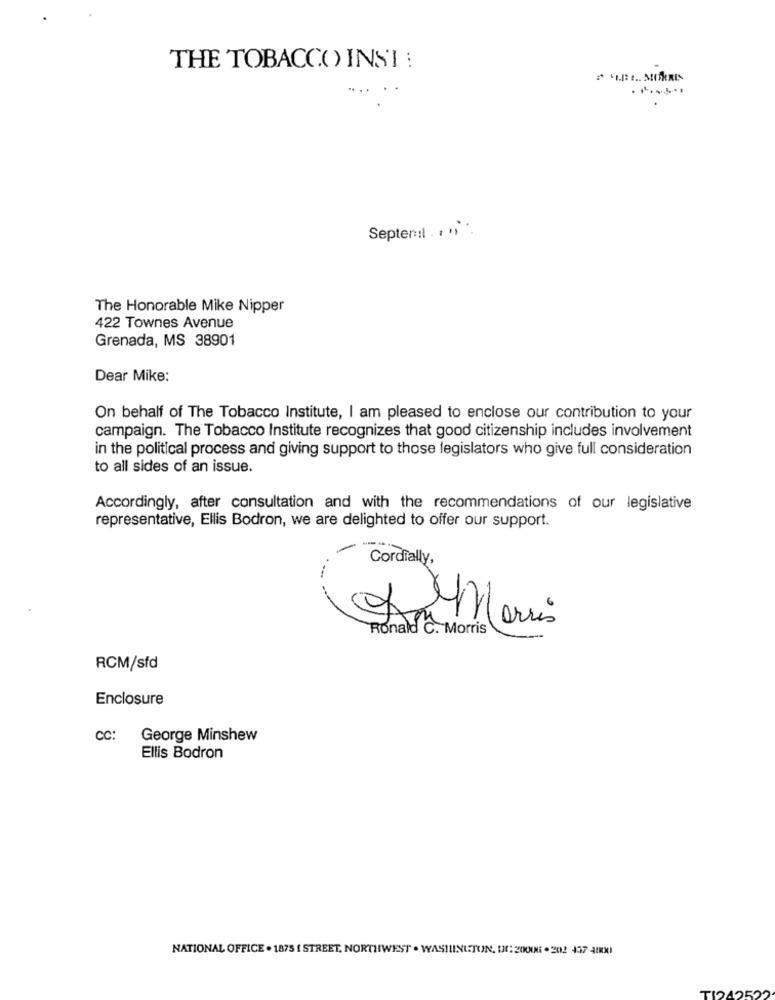
THE TOBACCO INST :
# \.Bt .. MORRIS
Septen ""
The Honorable Mike Nipper
422 Townes Avenue
Grenada, MS 38901
Dear Mike:
On behalf of The Tobacco Institute, I am pleased to enclose our contribution to your
campaign. The Tobacco Institute recognizes that good citizenship includes involvement
in the political process and giving support to those legislators who give full consideration
to all sides of an issue.
Accordingly, after consultation and with the recommendations of our legislative
representative, Ellis Bodron, we are delighted to offer our support.
Cordially,
Immerris
Ronald C. Morris
RCM/sfd
Enclosure
CC:
George Minshew
Ellis Bodron
NATIONAL OFFICE . 1875 { STREET, NORTHWEST . WASHINGTON, DC: 20008 . 202 457 4800)
TI242522